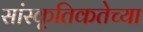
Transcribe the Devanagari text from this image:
सांस्कृतिकतेच्या